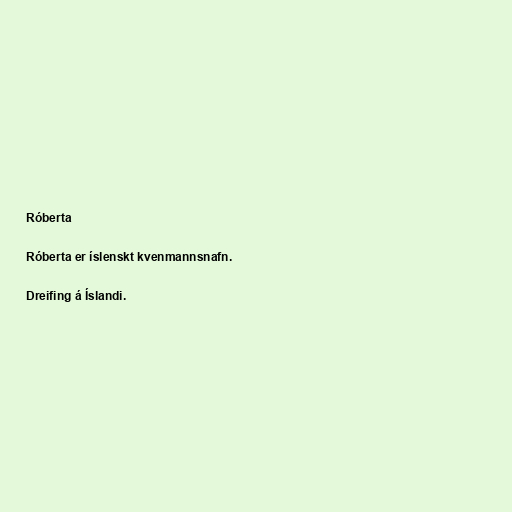
Róberta

Róberta er íslenskt kvenmannsnafn.

Dreifing á Íslandi.